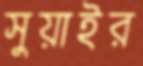
সুয়াইর